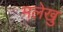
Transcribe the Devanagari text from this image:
मलेखु